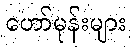
ဟော်မုန်းများ